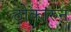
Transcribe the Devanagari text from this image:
ठोकारुन